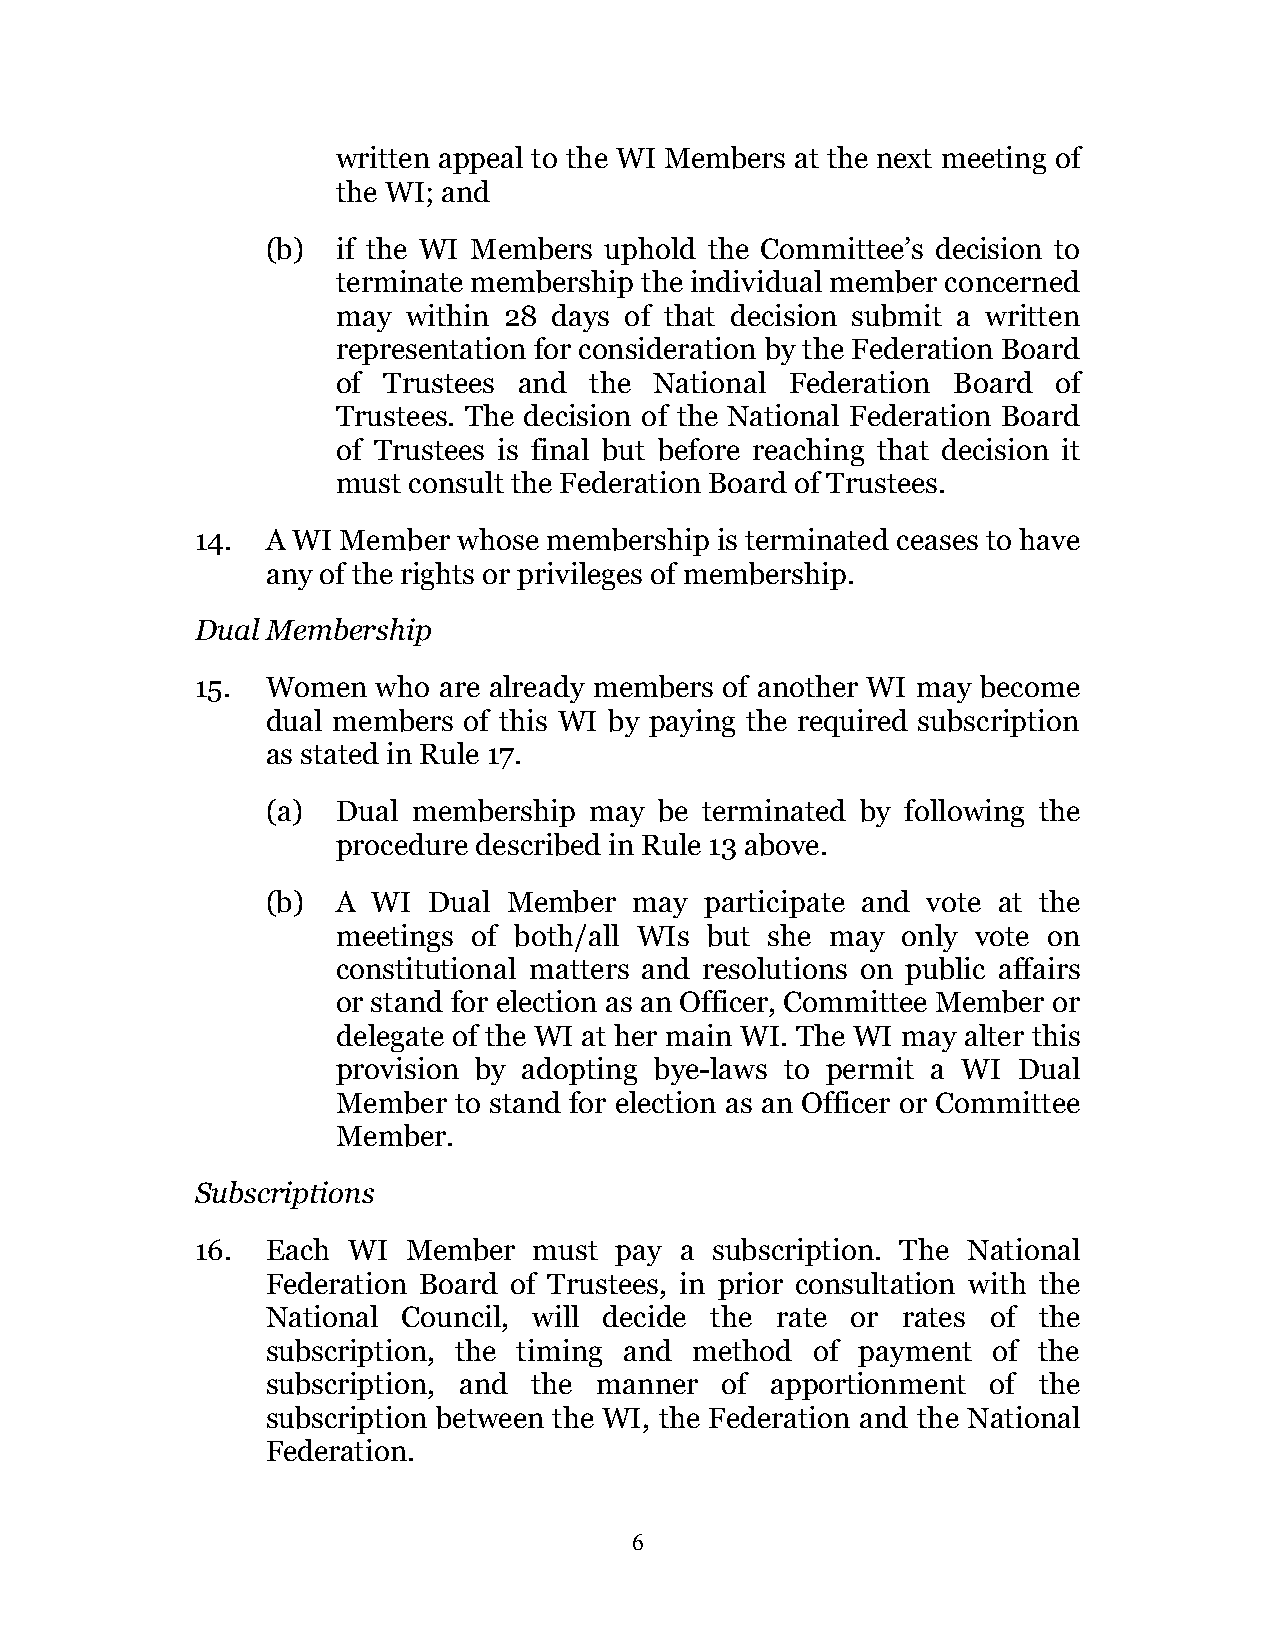
written appeal to the WI Members at the next meeting of
 the WI; and
 (b) if the WI Members uphold the Committee’s decision to
 terminate membership the individual member concerned
 may  within 28 days of that decision submit a written
 representation for consideration by the Federation Board
 of Trustees and  the National Federation Board  of
 Trustees. The decision of the National Federation Board
 of Trustees is final but before reaching that decision it
 must consult the Federation Board of Trustees.
 14.  A WI Member whose membership is terminated ceases to have
 any of the rights or privileges of membership.
 Dual Membership
 15.  Women  who are already members of another WI may become
 dual members of this WI by paying the required subscription
 as stated in Rule 17.
 (a) Dual membership  may  be terminated by following the
 procedure described in Rule 13 above.
 (b) A  WI Dual  Member  may  participate and vote at the
 meetings of both/all WIs but she may  only vote on
 constitutional matters and resolutions on public affairs
 or stand for election as an Officer, Committee Member or
 delegate of the WI at her main WI. The WI may alter this
 provision by adopting bye-laws to permit a WI Dual
 Member  to stand for election as an Officer or Committee
 Member.
 Subscriptions
 16.  Each WI  Member  must  pay a subscription. The National
 Federation Board of Trustees, in prior consultation with the
 National Council, will decide the rate or rates of the
 subscription, the timing and method of payment  of the
 subscription, and the manner  of apportionment  of the
 subscription between the WI, the Federation and the National
 Federation.
 6